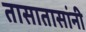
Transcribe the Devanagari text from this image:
तासातासांनी